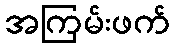
အကြမ်းဖက်